Notes on vaccination in the North-West Frontier Province 1923-1928 - 1923-1928
Year: 1923
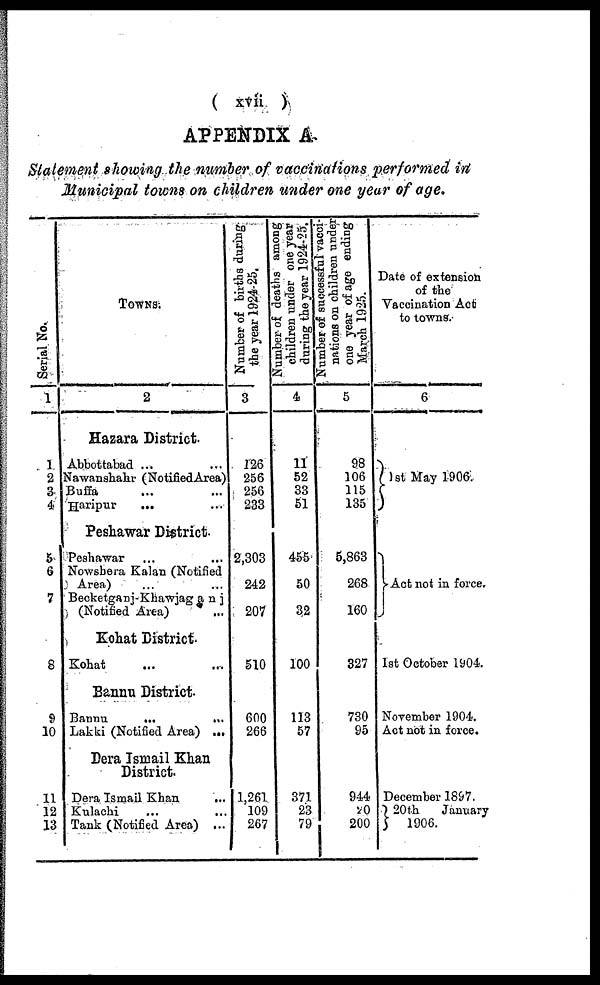
( xvii)
APPENDIX A
Statement showing the number of vaccinations performed in
Municipal towns on children under one year of age.
Serial No.
1
1
2
3
4
5
6
7
8
9
10
11
12
13
Towns.
2
Hazara District.
Abbottabad ... ...
Nawanshahr (NotifiedArea)
Buffa ... ...
Haripur ... ...
Peshawar District
Peshawar ... ...
Nowshera Kalan (Notified
Area) ... ...
Becketganj-Khawjaganj
(Notified Area) ...
Kohat District.
Kohat ... ...
Bannu District.
Bannu
...
...
Lakki (Notified Area) ...
Dera Ismail Khan
District.
Dera Ismail Khan...
Kulachi ... ...
Tank (Notified Area)...
Number of births during
the year 1924-25.
3
126
256
256
233
2,303
242
207
510
600
266
1,261
109
267
Number of deaths among
children under one year
during the year 1924-25.
4
11
52
33
51
455
50
32
100
113
57
371
23
79
Number of successful vacci-
nations on children under
one year of age ending
March 1925.
5
98
106
115
135
5,863
268
160
327
730
95
944
20
200
Date of extension
of the
vaccination Act
to towns.
6
1st May 1906.
Act not in force.
1st October 1904.
November 1904.
Act not in force.
December 1897.
20th January
1906.